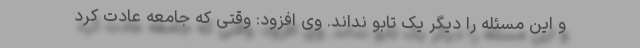
و این مسئله را دیگر یک تابو نداند. وی افزود: وقتی که جامعه عادت کرد